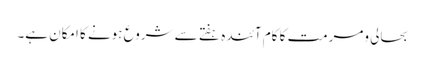
بحالی ومرمت کا کام آئندہ ہفتے سے شروع ہونے کا امکان ہے۔